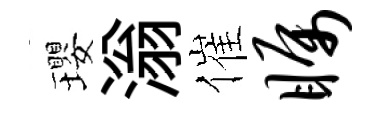
瓔滃催瞩